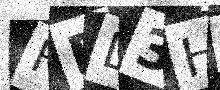
Text: FDL3HI